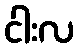
ငါးလ